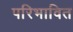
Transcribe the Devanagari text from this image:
परिभावित